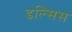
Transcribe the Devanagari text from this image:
डल्सिस